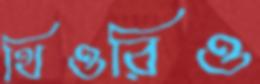
থিওরিও